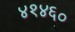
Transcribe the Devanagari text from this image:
४१४६०